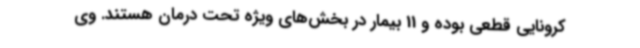
کرونایی قطعی بوده و 11 بیمار در بخش‌های ویژه تحت درمان هستند. وی